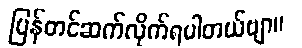
ပြန်တင်ဆက်လိုက်ရပါတယ်ဗျာ။